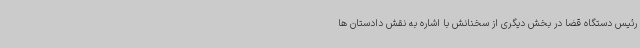
رئیس دستگاه قضا در بخش دیگری از سخنانش با اشاره به نقش دادستان ها